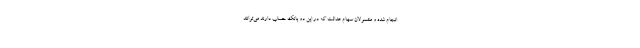
انجام شده و مشمولان سهام عدالت که در این دو بانک حساب دارند می‌توانند